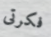
فكرتى